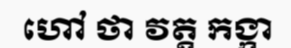
ហៅ ថា វត្ត កង្កា